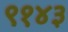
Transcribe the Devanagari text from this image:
९१४३